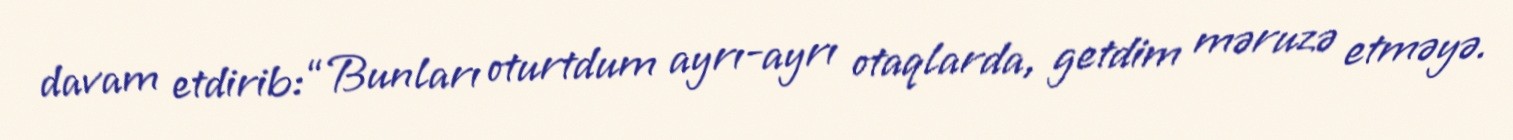
davam etdirib: “Bunları oturtdum ayrı-ayrı otaqlarda, getdim məruzə etməyə.